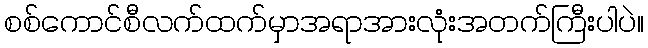
စစ်ကောင်စီလက်ထက်မှာအရာအားလုံးအတက်ကြီးပါပဲ။